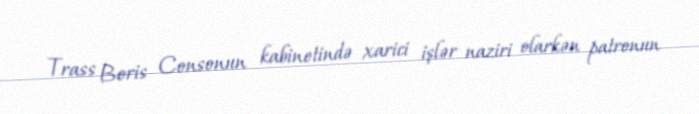
Trass Boris Consonun kabinetində xarici işlər naziri olarkən patronun